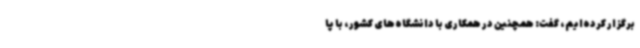
برگزار کرده‌ایم، گفت: همچنین در همکاری با دانشگاه‌های کشور، با پا